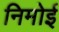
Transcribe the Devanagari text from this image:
निमोई